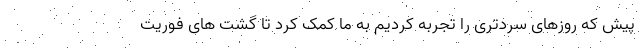
پیش که روزهای سردتری را تجربه کردیم به ما کمک کرد تا گشت های فوریت